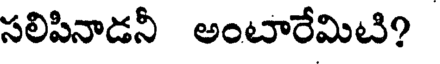
సలిపినాడనీ అంటారేమిటి?